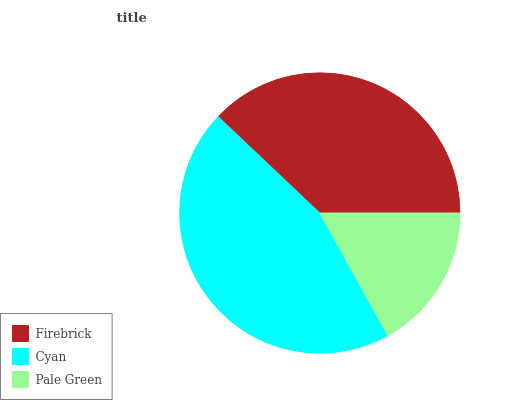
| Firebrick | Cyan | Pale Green |
 | --- | --- | --- |
 | 37.9% | 45.2% | 16.9% |